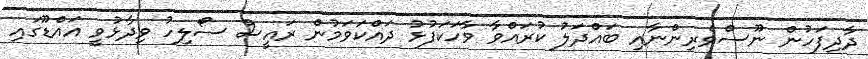
ދާދިފަހުން ނޫސްވެރިންނާއި ބައްދަލު ކުރައްވާ ވާހަކަފުޅު ދައްކަވަމުން ރައީސް ސޯލިހު ވިދާޅުވީ އައްޑޫގައި